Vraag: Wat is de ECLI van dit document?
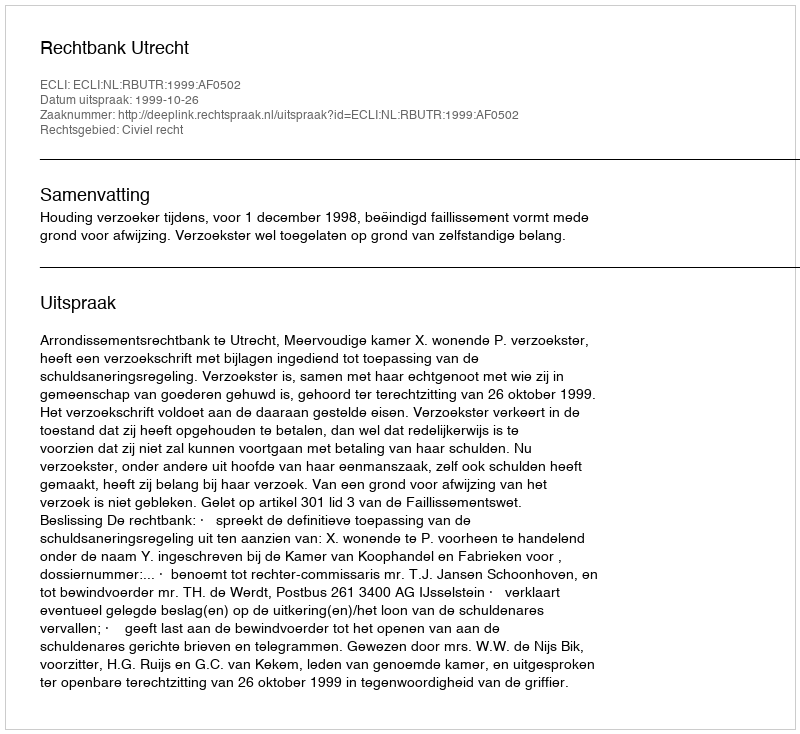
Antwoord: ECLI:NL:RBUTR:1999:AF0502